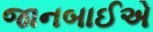
જાનબાઈએ